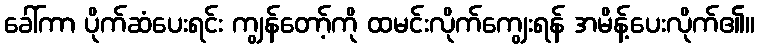
ခေါ်ကာ ပိုက်ဆံပေးရင်း ကျွန်တော့်ကို ထမင်းလိုက်ကျွေးရန် အမိန့်ပေးလိုက်၏။